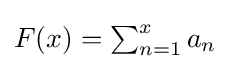
{\textstyle F(x)=\sum _{n=1}^{x}a_{n}}